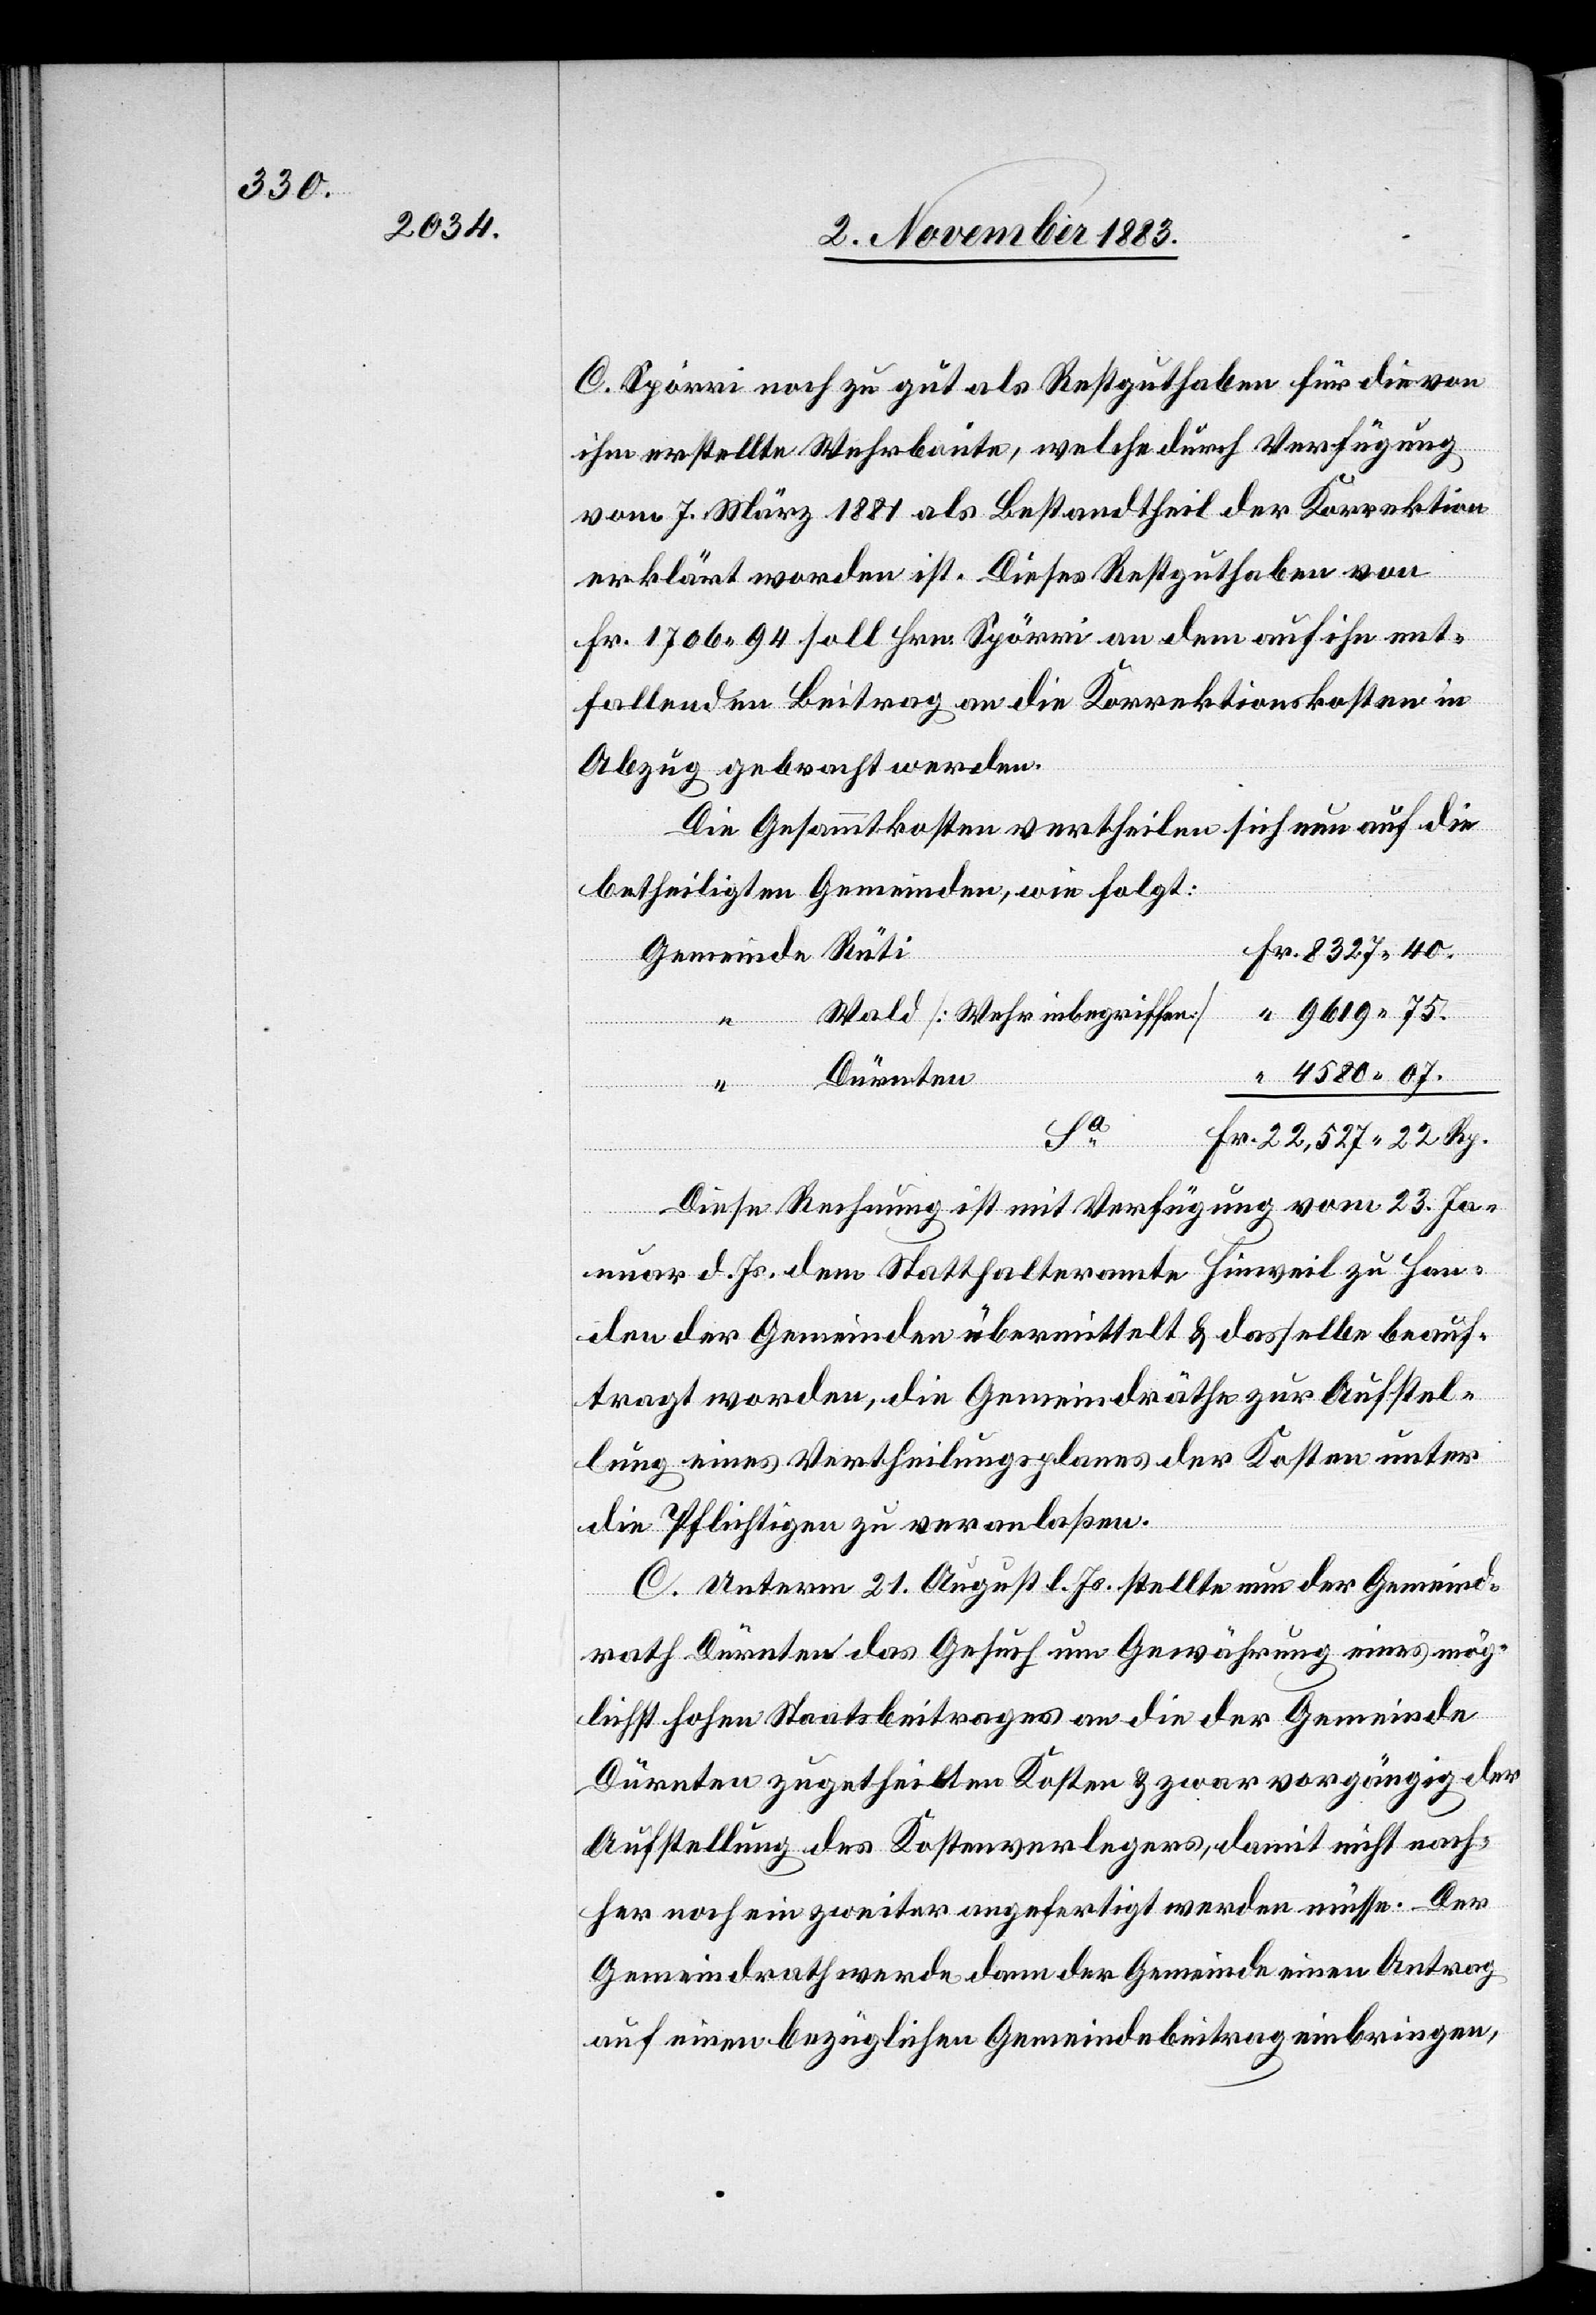
C. Spörri noch zu gut als Restguthaben für die von
ihm erstellte Wehrbaute, welche durch Verfügung
vom 7. März 1881 als Bestandtheil der Korrektion
erklärt worden ist. Dieses Restguthaben von
Fr. 1706 94 soll Hrn. Spörri an dem auf ihn ent¬
fallenden Beitrag an die Korrektionskosten in
Abzug gebracht werden.
Die Gesammtkosten vertheilen sich nun auf die
betheiligten Gemeinden, wie folgt:
9619 75.
Wald [Wehr inbegriffen]
“
4580 07.
Dürnten
22,527 22 Rp.
Fr.
“
Diese Rechnung ist mit Verfügung vom 23. Ja¬
nuar d.Js. dem Statthalteramte Hinweil zu Han¬
den der Gemeinden übermittelt & dasselbe beauf¬
tragt worden, die Gemeindräthe zur Aufstel¬
lung eines Vertheilungsplanes der Kosten unter
die Pflichtigen zu veranlaßen.
C. Unterm 21. August l. Js. stellte nun der Gemeind¬
rath Dürnten das Gesuch um Gewährung eines mög¬
lichst hohen Staatsbeitrages an die der Gemeinde
Dürnten zugetheilten Kosten & zwar vorgängig der
Aufstellung des Kostenverlegers, damit nicht nach¬
her noch ein zweiter angefertigt werden müsse. Der
Gemeindrath werde dann der Gemeinde einen Antrag
auf einen bezüglichen Gemeindebeitrag einbringen,